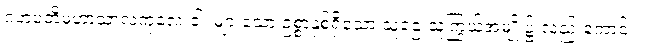
ဂဟပတိမဟာသာလကုလေ ဝါ၊ များသော ဥစ္စာနှစ်ရှိသော သူဌေးသူကြွယ်အမျိုး၌ လည်းကောင်း။